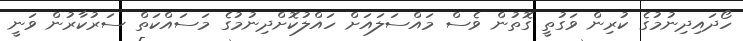
ހޯދައިދިނުމުގެ ކުރިން ވަގުތީ ގޮތުން ވެސް މައްސަލައަށް ހައްލުކޮށްދިނުމުގެ މަސައްކަތް ސަރުކާރުން ވަނީ